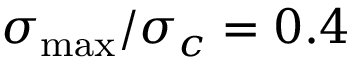
\sigma _ { \mathrm { m a x } } / \sigma _ { c } = 0 . 4